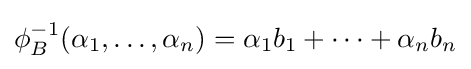
\phi _{B}^{-1}(\alpha _{1},\ldots ,\alpha _{n})=\alpha _{1}b_{1}+\cdots +\alpha _{n}b_{n}